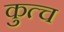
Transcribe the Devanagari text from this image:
कुत्च